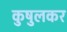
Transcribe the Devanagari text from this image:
कुषुलकर